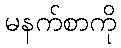
မနက်စာကို